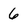
Character: 6